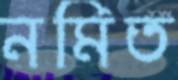
নমিত